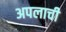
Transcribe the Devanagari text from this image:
अपलाची